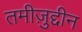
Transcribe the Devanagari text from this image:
तमीज़ुद्दीन